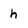
Character: h